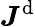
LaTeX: \boldsymbol{J}^{\mathrm{d}}